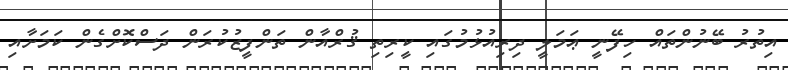
އިތުރު ބޭނުންތައް ހިފޭނީ ޢަމަލީ ދިރިއުޅުމުގައި ކީރިތި ޤުރްއާން ތަންފީޒުކުރަން ދަސްކޮށްގެން ކަމަށާއި